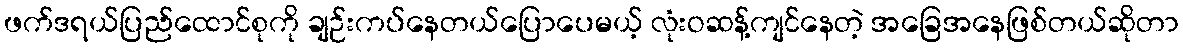
ဖက်ဒရယ်ပြည်ထောင်စုကို ချဉ်းကပ်နေတယ်ပြောပေမယ့် လုံးဝဆန့်ကျင်နေတဲ့ အခြေအနေဖြစ်တယ်ဆိုတာ